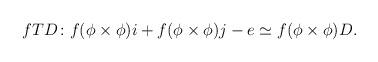
LaTeX: \begin{align*} fTD \colon f(\phi\times\phi)i + f(\phi\times\phi)j - e \simeq f (\phi\times\phi)D. \end{align*}